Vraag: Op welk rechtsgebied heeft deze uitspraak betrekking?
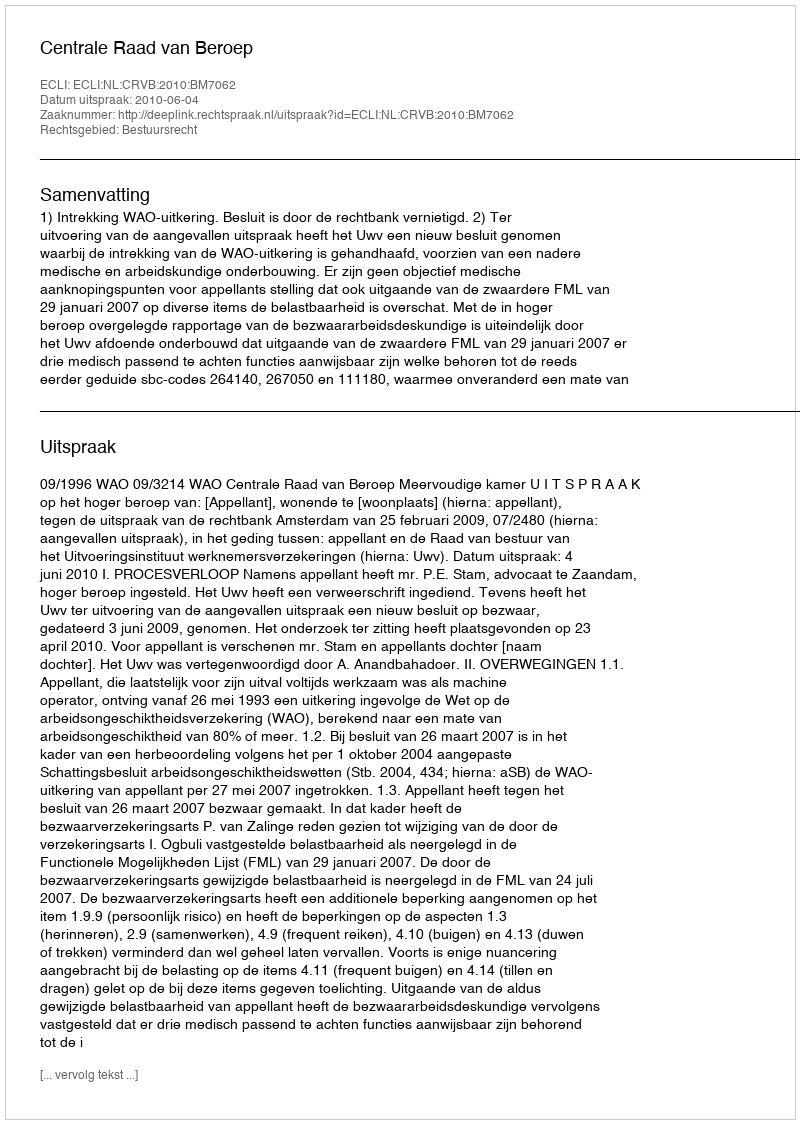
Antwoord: Bestuursrecht